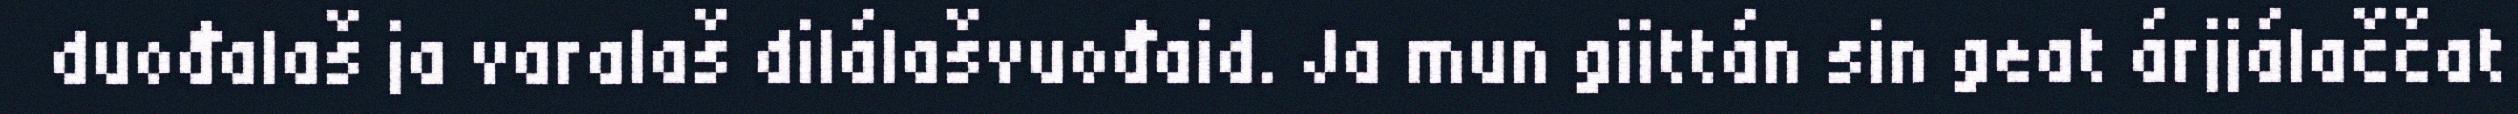
duođalaš ja varalaš dilálašvuođaid. Ja mun giittán sin geat árjjálaččat